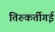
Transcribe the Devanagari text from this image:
तिरुकर्तीगई